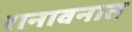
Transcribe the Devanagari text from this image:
रानावनात